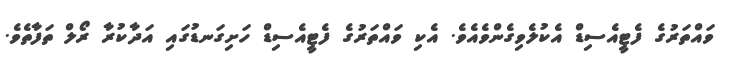
ވައްތަރުގެ ފެޓީއެސިޑް އެކުލެވިގެންވެއެވެ. އެކި ވައްތަރުގެ ފެޓީއެސިޑް ހަށިގަނޑުގައި އަދާކުރާ ރޯލް ތަފާތެވެ.